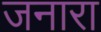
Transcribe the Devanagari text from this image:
जनारा